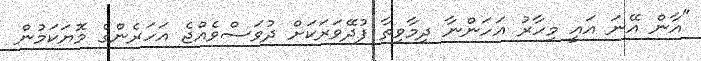
"އާން އޭނަ އައީ މިހާރު އަހަންނާ ދިމާވިތާ ފުދޭވަރަކަށް ދުވަސްވެއްޖެ އަހަރެންގެ މޮޔަކަމުން